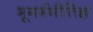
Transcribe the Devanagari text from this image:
भूगर्भभौतिज्ञ